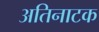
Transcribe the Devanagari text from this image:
अतिनाटक